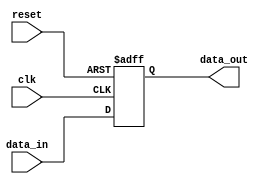
module IOBuffer (
    input wire clk,
    input wire reset,
    input wire data_in,
    output wire data_out
);

reg buffer;

always @(posedge clk or posedge reset) begin
    if (reset) begin
        buffer <= 1'b0;
    end else begin
        buffer <= data_in;
    end
end

assign data_out = buffer;

endmodule